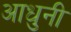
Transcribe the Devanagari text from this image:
आधुनी